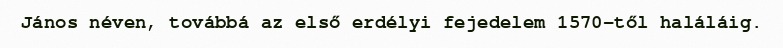
János néven, továbbá az első erdélyi fejedelem 1570-től haláláig.